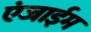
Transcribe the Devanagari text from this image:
एंजाईम